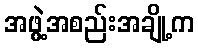
အဖွဲ့အစည်းအချို့က